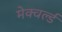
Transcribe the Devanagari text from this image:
मेक्वर्ल्ड